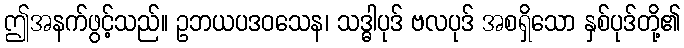
ဤအနက်ဖွင့်သည်။ ဥဘယပဒဝသေန၊ သဒ္ဓါပုဒ် ဗလပုဒ် အစရှိသော နှစ်ပုဒ်တို့၏